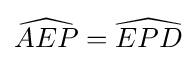
{\widehat {AEP}}={\widehat {EPD}}